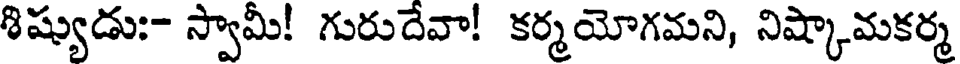
శిష్యుడు:- స్వామీ! గురుదేవా! కర్మయోగమని, నిష్కామకర్మ